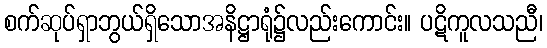
စက်ဆုပ်ရှာဘွယ်ရှိသောအနိဋ္ဌာရုံ၌လည်းကောင်း။ ပဋိကူလသညီ၊